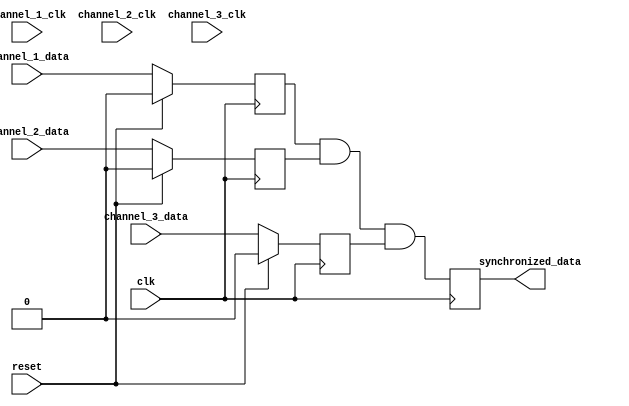
module MultiChannelSynchronizer (
    input  wire                    clk,
    input  wire                    reset,
    input  wire                    channel_1_clk,
    input  wire                    channel_2_clk,
    input  wire                    channel_3_clk,
    input  wire                    channel_1_data,
    input  wire                    channel_2_data,
    input  wire                    channel_3_data,
    output reg                     synchronized_data
);

// Define timing control and synchronization blocks for each input channel
reg [7:0] channel_1_sync_reg;
reg [7:0] channel_2_sync_reg;
reg [7:0] channel_3_sync_reg;

// Create clock domain crossing logic for each input channel
always @(posedge clk) begin
    if (reset) begin
        channel_1_sync_reg <= 8'b0;
        channel_2_sync_reg <= 8'b0;
        channel_3_sync_reg <= 8'b0;
    end else begin
        // Adjust for clock phase misalignment and data rate differences
        channel_1_sync_reg <= channel_1_data;
        channel_2_sync_reg <= channel_2_data;
        channel_3_sync_reg <= channel_3_data;
    end
end

// Synchronize data from all channels using the common reference clock
always @(posedge clk) begin
    // Handle metastability and data latency
    synchronized_data <= channel_1_sync_reg & channel_2_sync_reg & channel_3_sync_reg;
end

endmodule